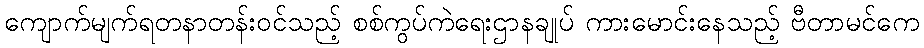
ကျောက်မျက်ရတနာတန်းဝင်သည့် စစ်ကွပ်ကဲရေးဌာနချုပ် ကားမောင်းနေသည့် ဗီတာမင်ကေ